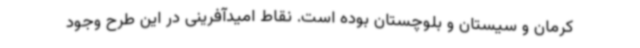
کرمان و سیستان و بلوچستان بوده است. نقاط امیدآفرینی در این طرح وجود